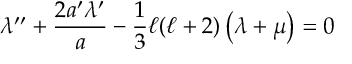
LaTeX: \lambda ^ { \prime \prime } + \frac { 2 a ^ { \prime } \lambda ^ { \prime } } { a } - \frac { 1 } { 3 } \ell ( \ell + 2 ) \left( \lambda + \mu \right) = 0